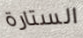
الستارة